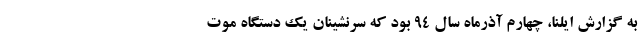
به گزارش ایلنا، چهارم آذرماه سال ۹۴ بود که سرنشینان یک دستگاه موت